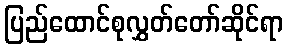
ပြည်ထောင်စုလွှတ်တော်ဆိုင်ရာ